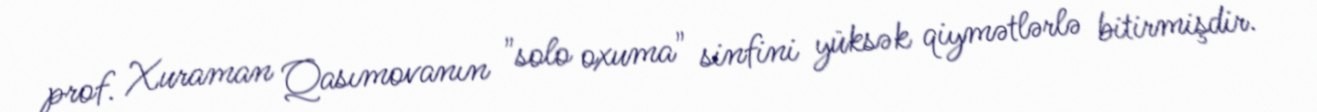
prof. Xuraman Qasımovanın "solo oxuma" sinfini yüksək qiymətlərlə bitirmişdir.